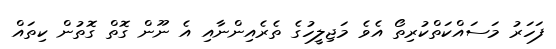
ފަހަރު މަސައްކަތްކުރިތޯ އެވެ މަޖިލީހުގެ ތެރެއިންނާއި އެ ނޫން ގޮތް ގޮތުން ކިތައް